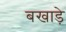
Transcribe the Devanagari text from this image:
बखाड़े